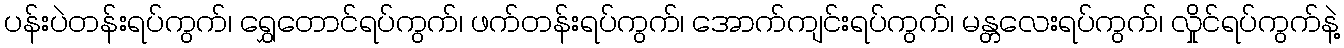
ပန်းပဲတန်းရပ်ကွက်၊ ရွှေတောင်ရပ်ကွက်၊ ဖက်တန်းရပ်ကွက်၊ အောက်ကျင်းရပ်ကွက်၊ မန္တလေးရပ်ကွက်၊ လှိုင်ရပ်ကွက်နဲ့